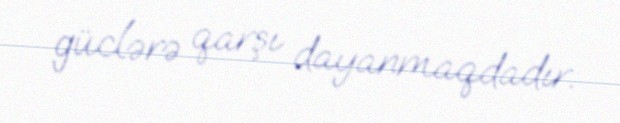
güclərə qarşı dayanmaqdadır.